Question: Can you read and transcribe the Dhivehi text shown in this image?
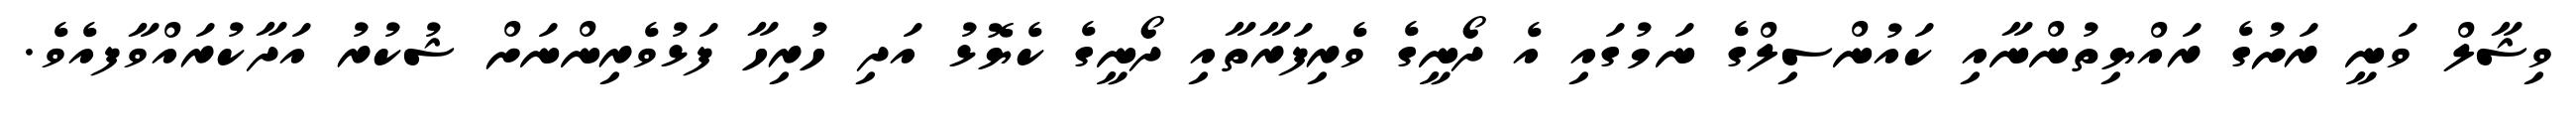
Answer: ވިޝާލް ވަނީ ރަށުގެ ރައްޔިތުންނާއި ކައުންސިލްގެ ނަމުގައި އެ ދޯނީގެ ވެރިފަރާތާއި ދޯނީގެ ކެޔޮޅު އަދި ހުރިހާ ފަޅުވެރިންނަށް ޝުކުރު އަދާކުރައްވާފއެވެ.